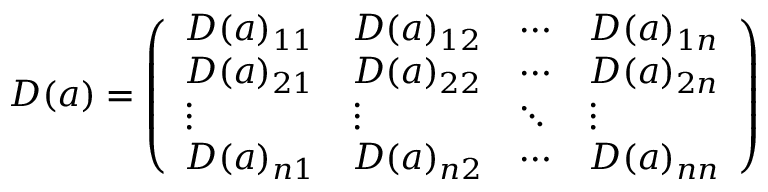
D ( a ) = { \left( \begin{array} { l l l l } { D ( a ) _ { 1 1 } } & { D ( a ) _ { 1 2 } } & { \cdots } & { D ( a ) _ { 1 n } } \\ { D ( a ) _ { 2 1 } } & { D ( a ) _ { 2 2 } } & { \cdots } & { D ( a ) _ { 2 n } } \\ { \vdots } & { \vdots } & { \ddots } & { \vdots } \\ { D ( a ) _ { n 1 } } & { D ( a ) _ { n 2 } } & { \cdots } & { D ( a ) _ { n n } } \end{array} \right) }